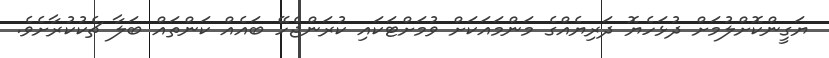
ޔަގީންކޮށްލުމަށް ދުޅަހެޔޮ ދަރިޔެއްގެ މަންމައަކަށް ވުމަށްޓަކައި ކުރަންޖެހޭ ބައެއް ކަންތައް ބަލާ ޗެކުކުރާށެވެ.